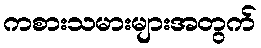
ကစားသမားများအတွက်